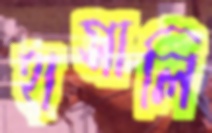
হাসালি